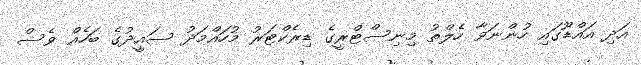
އަދި އައްޑޫގައި ހުންނަވާ ހެލްތު މިނިސްޓްރީގެ ޑިރެކްޓަރު މުހައްމަދު ސައީދުގެ ބަހެއް ވެސް